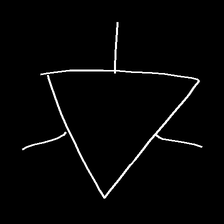
Glyph: fire